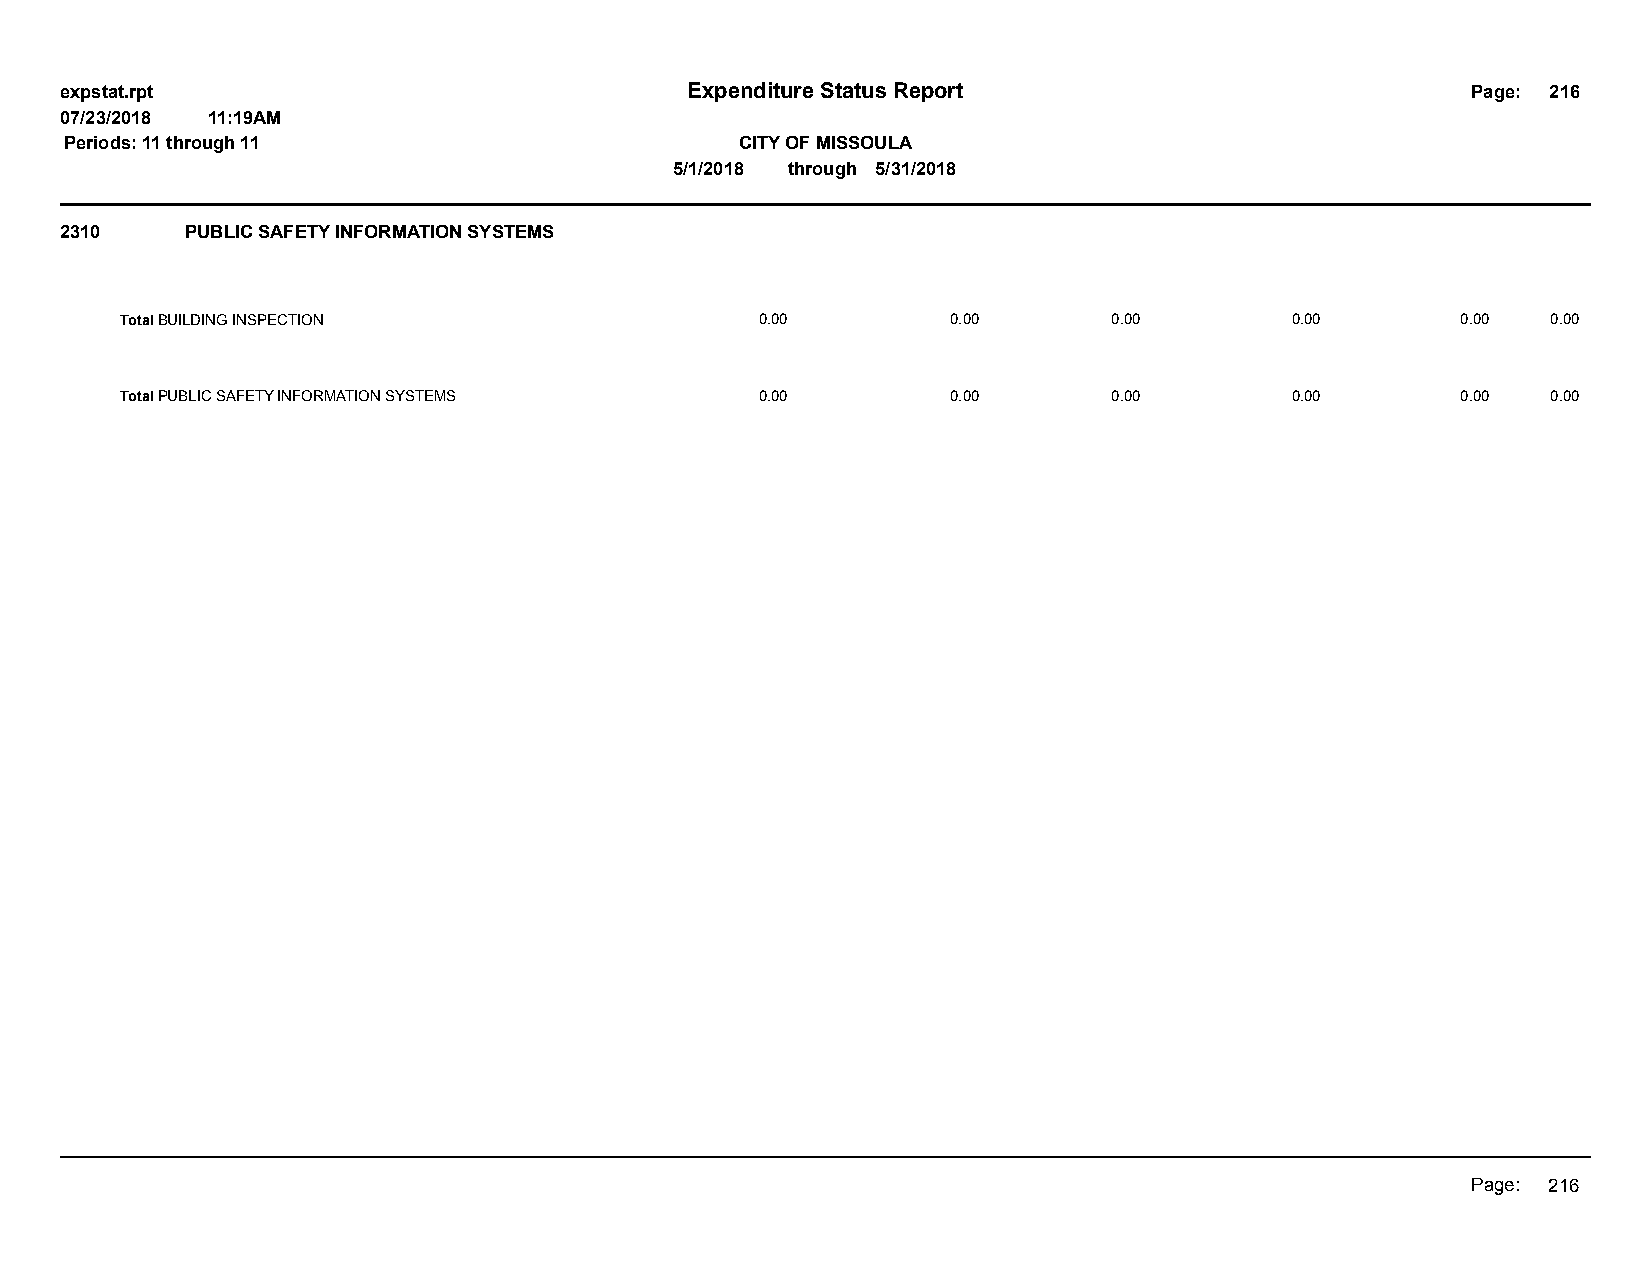
expstat.rpt                              Expenditure Status Report                           Page: 216
 07/23/2018 11:19AM
 Periods: 11 through 11                       CITY OF MISSOULA
 5/1/2018 through 5/31/2018
 2310    PUBLIC SAFETY INFORMATION SYSTEMS
 Total BUILDING INSPECTION                 0.00         0.00       0.00       0.00        0.00  0.00
 Total PUBLIC SAFETY INFORMATION SYSTEMS   0.00         0.00       0.00       0.00        0.00  0.00
 Page: 216